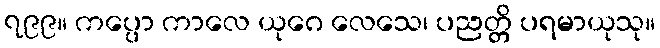
၇၉၉။ ကပ္ပော ကာလေ ယုဂေ လေသေ၊ ပညတ္တိ ပရမာယုသု။